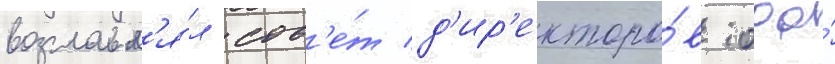
возглавл'я́л сов'е́т д'ир'екторо́в ооо́